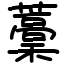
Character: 藳